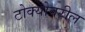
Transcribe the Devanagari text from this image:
टोक्योवरील